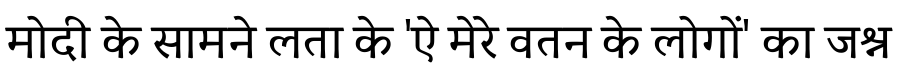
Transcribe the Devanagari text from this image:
मोदी के सामने लता के 'ऐ मेरे वतन के लोगों' का जश्न